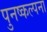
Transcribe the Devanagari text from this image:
पुनष्कल्पना